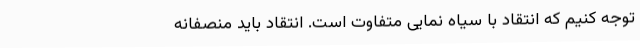
توجه کنیم که انتقاد با سیاه نمایی متفاوت است. انتقاد باید منصفانه